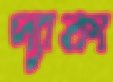
দ্যাকা